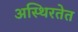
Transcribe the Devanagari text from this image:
अस्थिरतेत